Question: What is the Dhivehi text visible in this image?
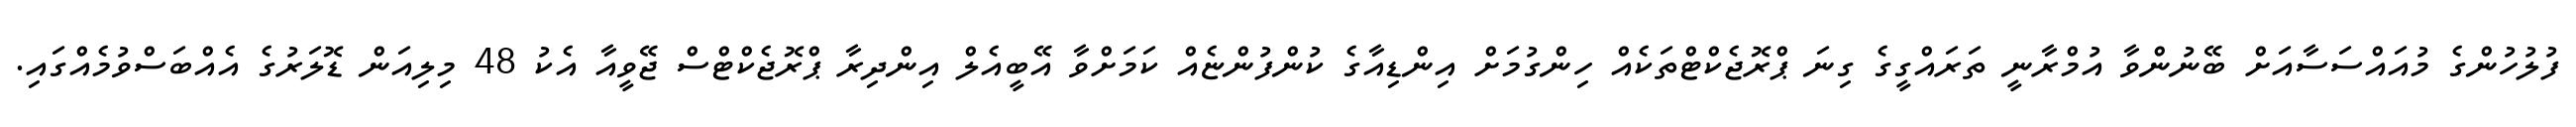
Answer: ފުލުހުންގެ މުއައްސަސާއަށް ބޭނުންވާ އުމްރާނީ ތަރައްގީގެ ގިނަ ޕްރޮޖެކްޓްތަކެއް ހިންގުމަށް އިންޑިއާގެ ކުންފުންޏެއް ކަމަށްވާ އޭބީއެލް އިންދިރާ ޕްރޮޖެކްޓްސް ޖޭވީއާ އެކު 48 މިލިއަން ޑޮލަރުގެ އެއްބަސްވުމެއްގައި.